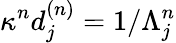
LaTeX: \kappa^{n}d_{j}^{(n)}=1/\Lambda_{j}^{n}